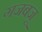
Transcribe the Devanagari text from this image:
गजबजू